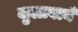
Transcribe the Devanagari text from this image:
जुलाबाने